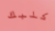
كلبك